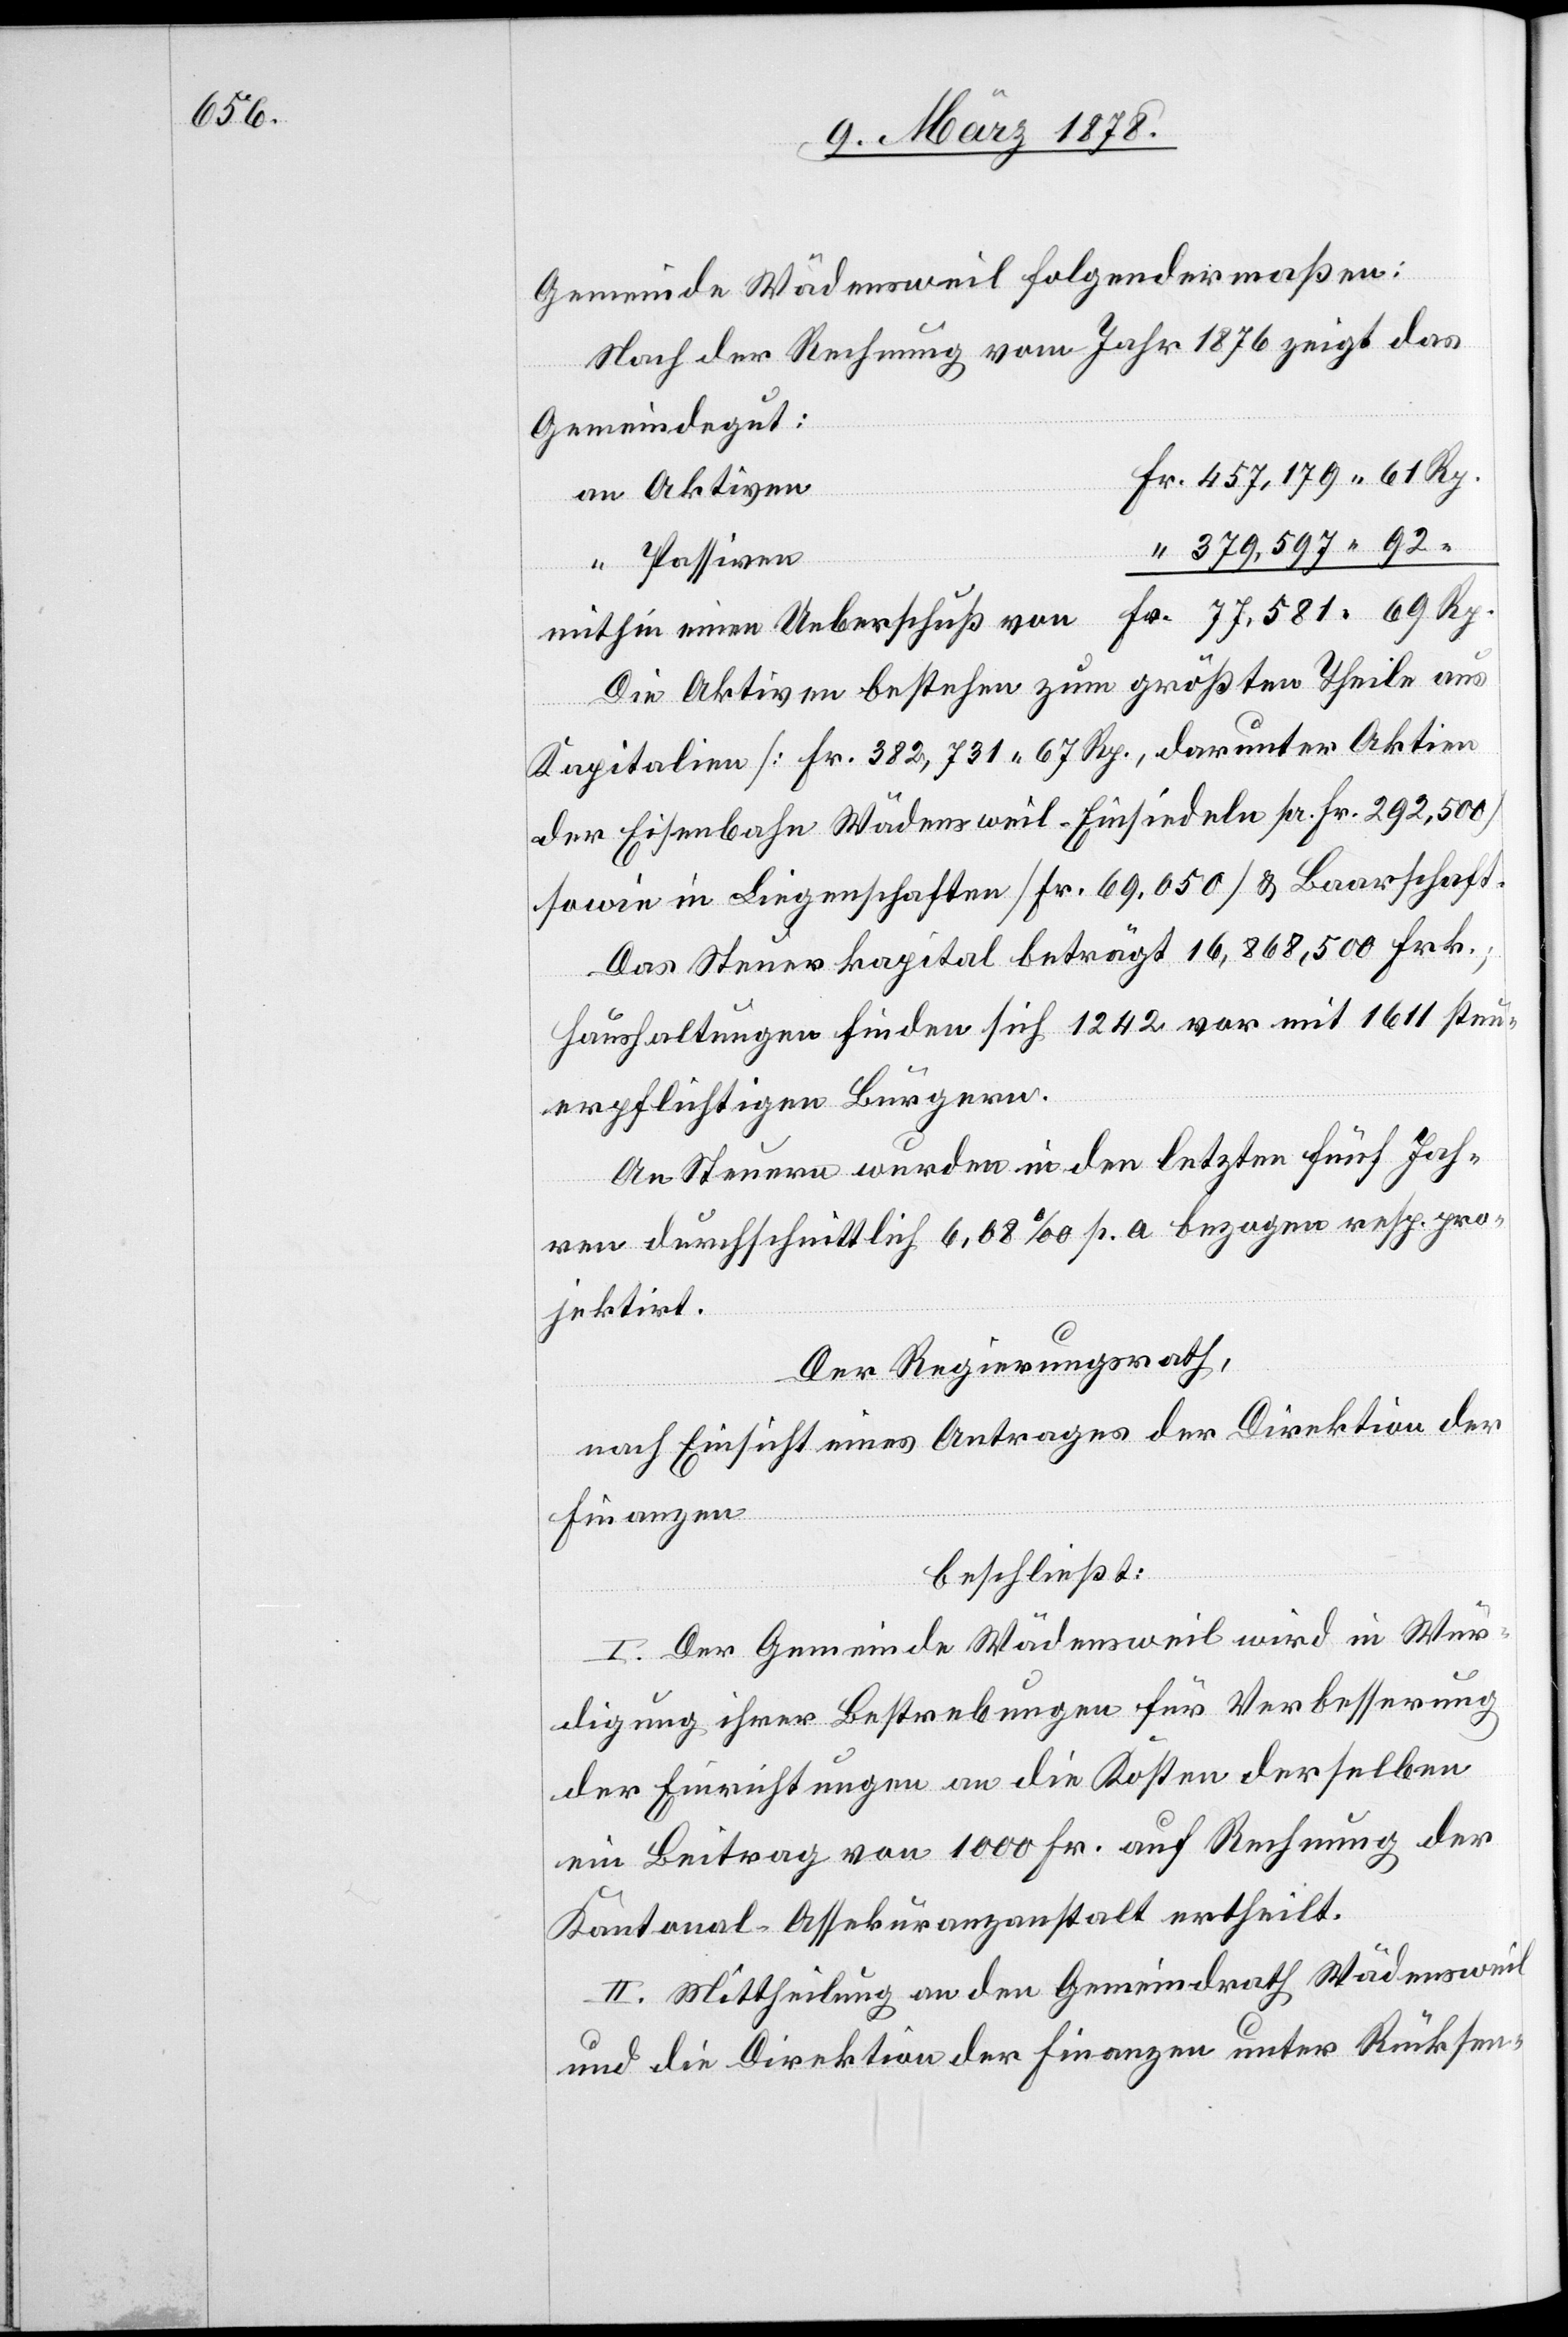
Gemeinde Wädensweil folgendermaßen:
Nach der Rechnung vom Jahr 1876 zeigt das
Rp.
Gemeindegut:
an Aktiven
379,597.92
“ Passiven
Die Aktiven bestehen zum größten Theile aus
Kapitalien (Fr. 382,731. 67 Rp., darunter Aktien
der Eisenbahn Wädensweil–Einsiedeln pr. Fr. 292,500)
sowie in Liegenschaften (Fr. 69.500) & Baarschaft.
Das Steuerkapital beträgt 16,868,500 Frk.;
Haushaltungen finden sich 1242 vor mit 1611 steu¬
erpflichtigen Bürgern.
An Steuern wurden in den letzten fünf Jah¬
ren durchschnittlich 6,08‰ p. a. bezogen resp. pro¬
jektirt.
Der Regierungsrath,
nach Einsicht eines Antrages der Direktion der
Finanzen
beschließt:
I. Der Gemeinde Wädensweil wird in Wür¬
digung ihrer Bestrebungen für Verbesserung
der Einrichtungen an die Kosten derselben
ein Beitrag von 1000 Fr. auf Rechnung der
Kantonal-Assekuranzanstalt ertheilt.
II. Mittheilung an den Gemeindrath Wädensweil
und die Direktion der Finanzen unter Rücksen-